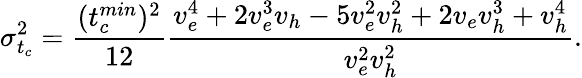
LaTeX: \sigma_{t_{c}}^{2}=\frac{(t_{c}^{min})^{2}}{12}\frac{v_{e}^{4}+2v_{e}^{3}v_{h}-5v_{e}^{2}v_{h}^{2}+2v_{e}v_{h}^{3}+v_{h}^{4}}{v_{e}^{2}v_{h}^{2}}.